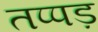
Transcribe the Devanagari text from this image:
तप्पड़